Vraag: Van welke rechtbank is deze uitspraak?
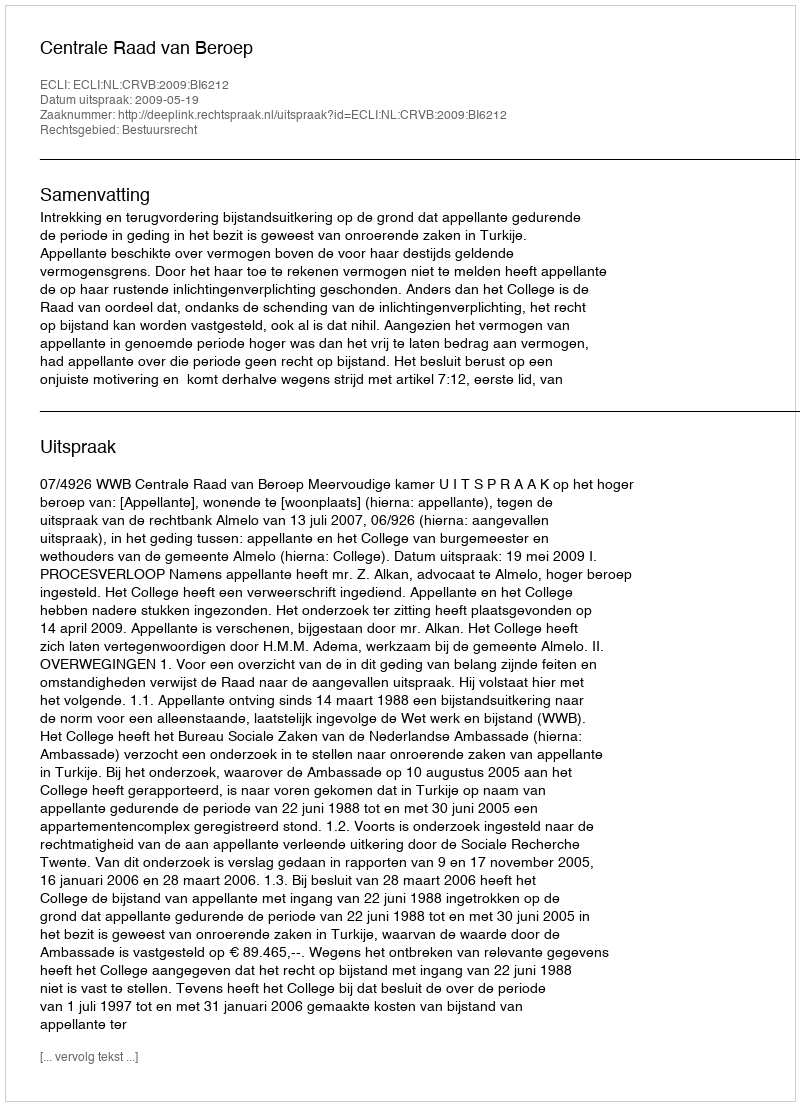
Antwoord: Centrale Raad van Beroep